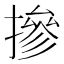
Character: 摻